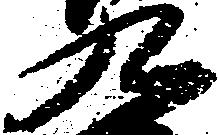
九